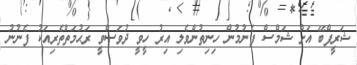
ޝަރީފްބޭ އަށް ޝަމްސް ފެނުމުން ހިނިތުންވެލި އިރު ހީވީ ދުވަސްވީ ރަޙުމަތްތެރިއަކު ފެނުނު